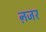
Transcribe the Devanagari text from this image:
ऩजर